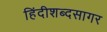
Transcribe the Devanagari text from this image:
हिंदीशब्दसागर